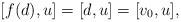
LaTeX: \begin{align*}[f(d),u]=[d,u]=[v_0,u],\end{align*}